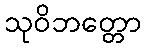
သုဝိဘတ္တော